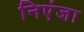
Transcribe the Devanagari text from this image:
निएंजा